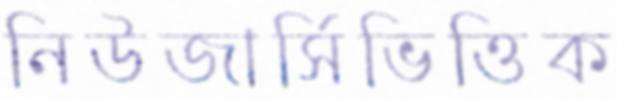
নিউজার্সিভিত্তিক